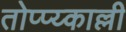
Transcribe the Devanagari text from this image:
तोप्प्य्काल्ली